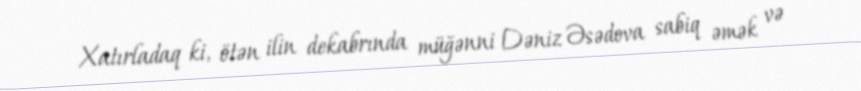
Xatırladaq ki, ötən ilin dekabrında müğənni Dəniz Əsədova sabiq əmək və